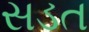
સડત